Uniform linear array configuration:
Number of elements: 16
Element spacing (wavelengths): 0.25
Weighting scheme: hann
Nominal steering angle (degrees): -45
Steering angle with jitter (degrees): -44.097
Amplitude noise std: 0.05
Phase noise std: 0.05

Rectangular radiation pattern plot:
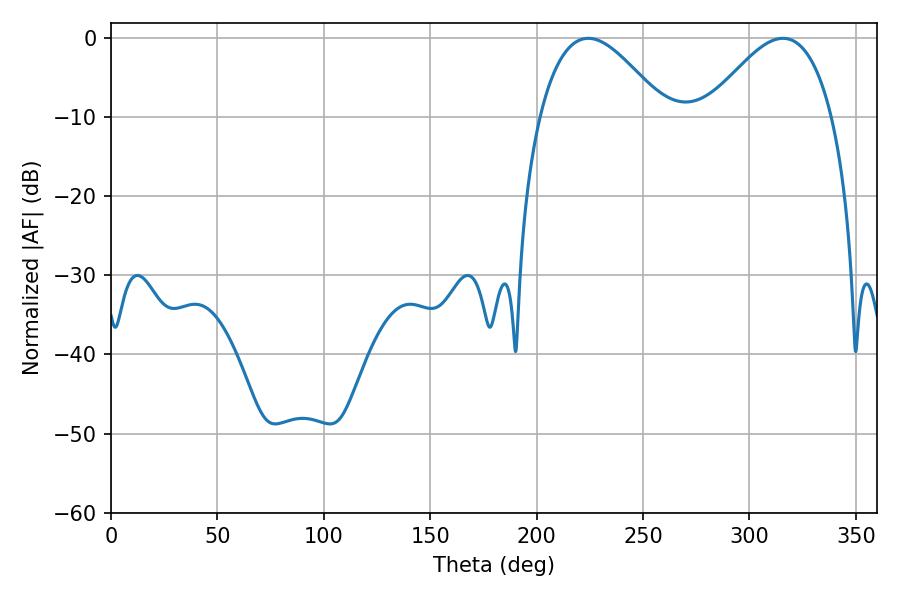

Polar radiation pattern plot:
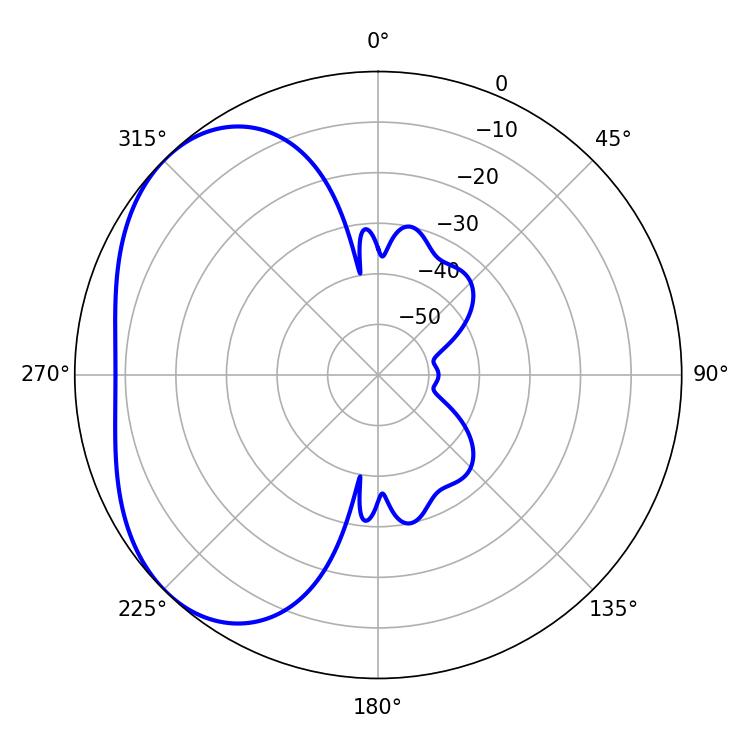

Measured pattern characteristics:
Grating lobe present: FALSE
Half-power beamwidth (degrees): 31.86
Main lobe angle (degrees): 224.28